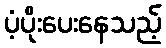
ပံ့ပိုးပေးနေသည့်